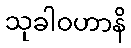
သုခါဝဟာနိ